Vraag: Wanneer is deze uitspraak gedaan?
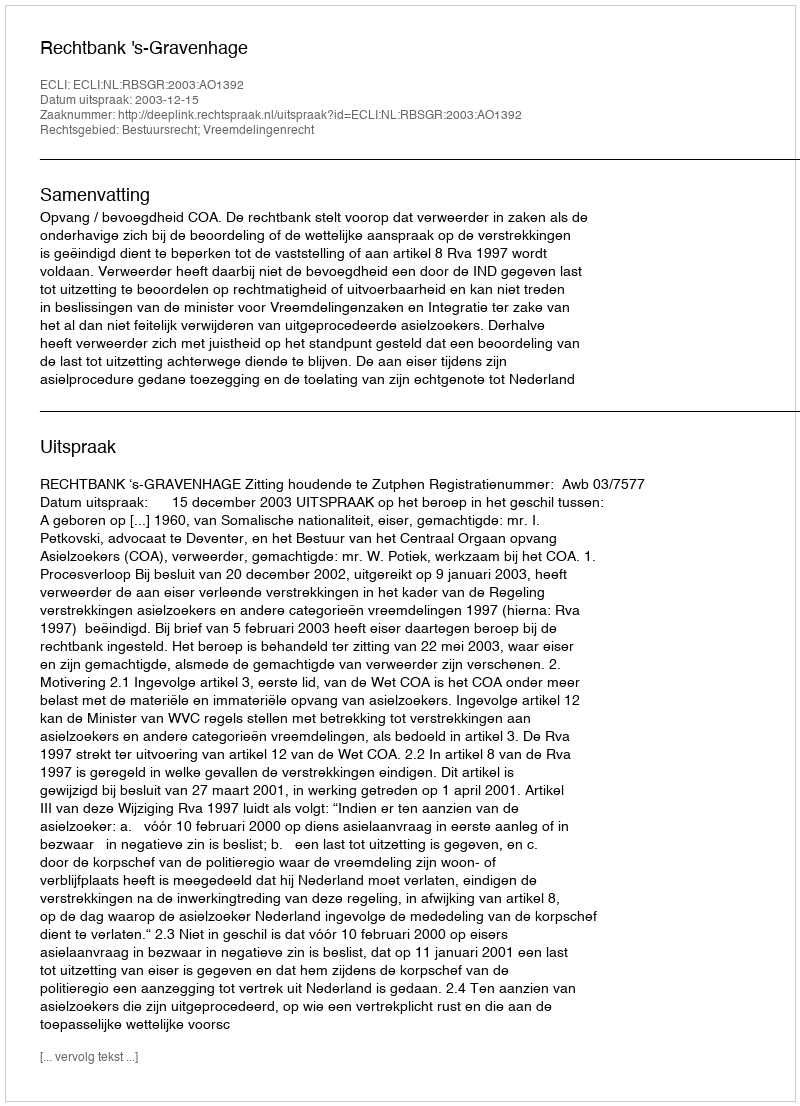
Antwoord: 2003-12-15